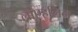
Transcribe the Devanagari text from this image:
लोएहलिन